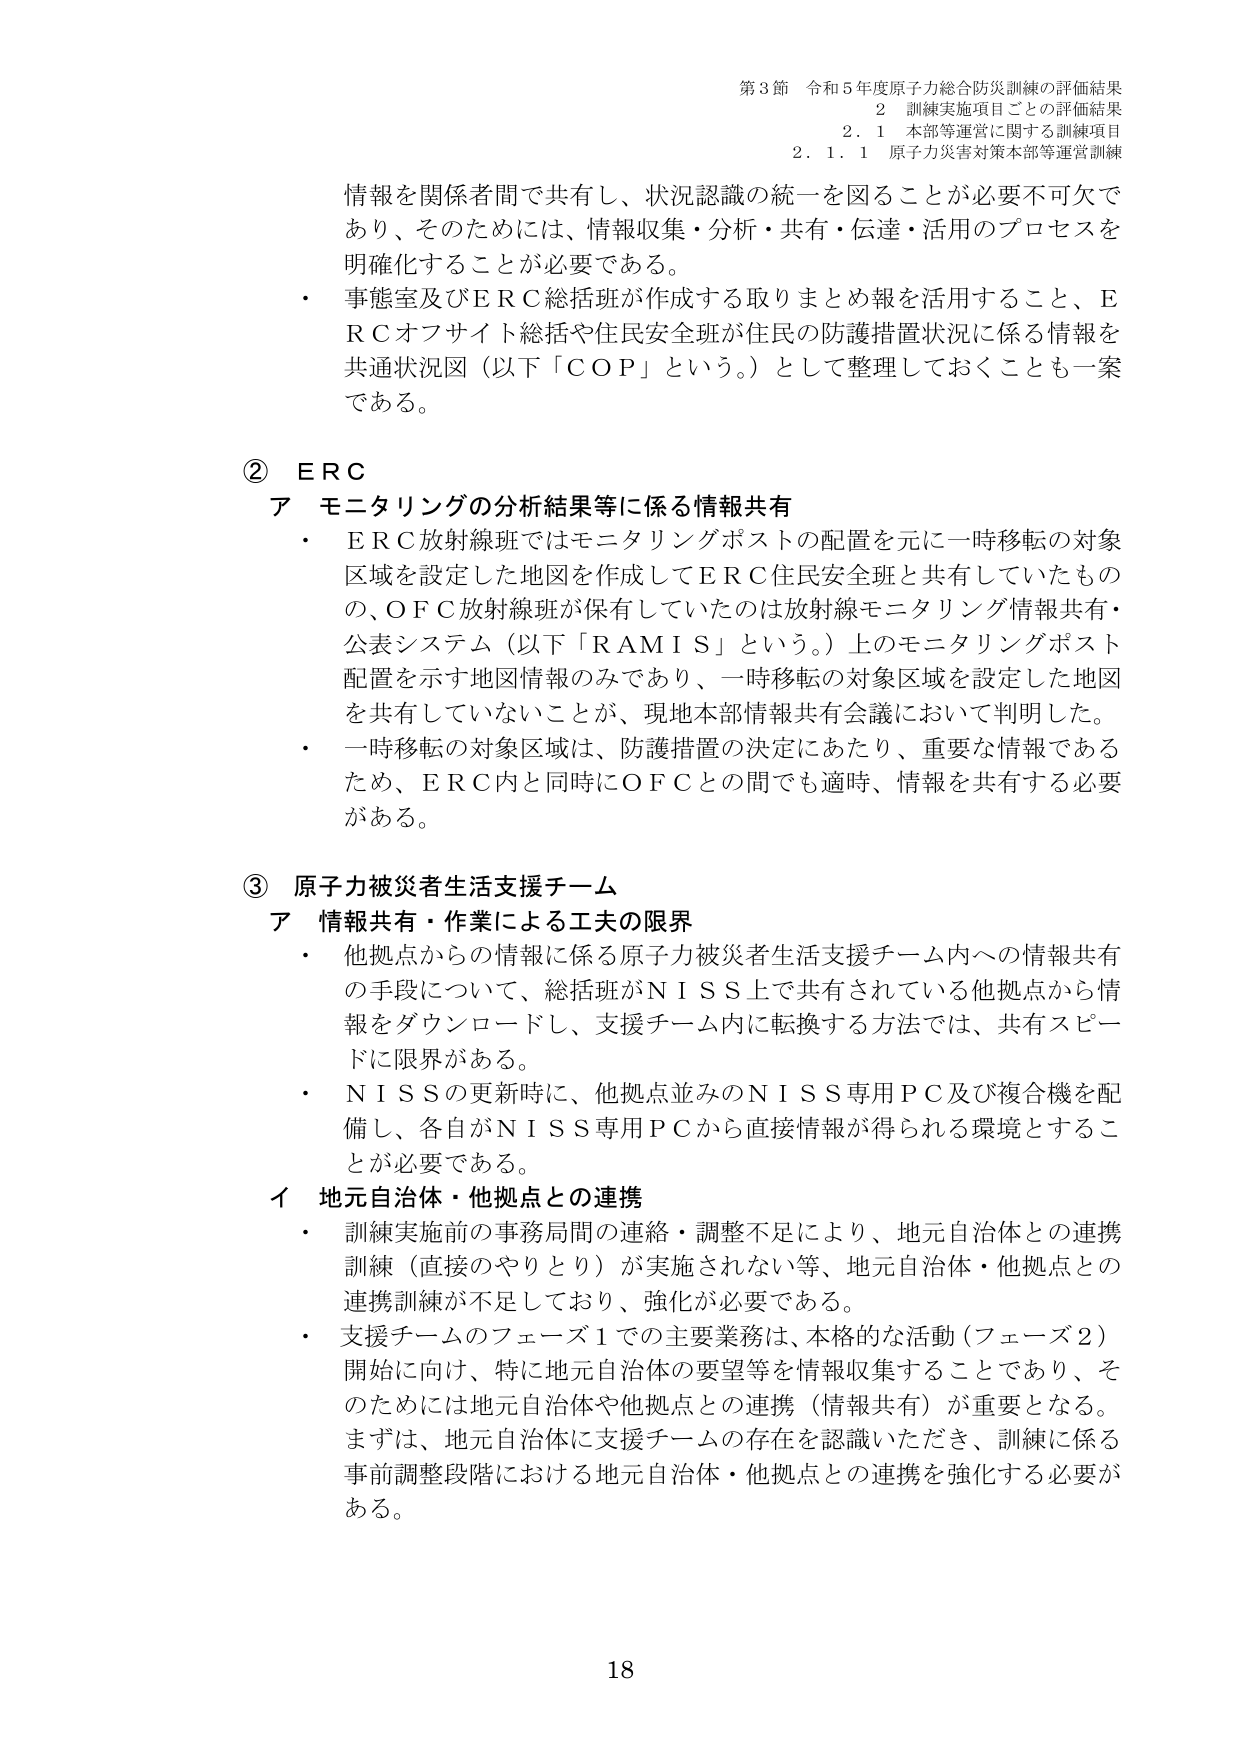
第3節 令和5年度原子力総合防災訓練の評価結果
2 訓練実施項目ごとの評価結果
2.1 本部等運営に関する訓練項目
2.1.1 原子力災害対策本部等運営訓練

情報を関係者間で共有し、状況認識の統一を図ることが必要不可欠であり、そのためには、情報収集・分析・共有・伝達・活用のプロセスを明確化することが必要である。
・ 事態室及びERC総括班が作成する取りまとめ報を活用すること、ERCオフサイト総括や住民安全班が住民の防護措置状況に係る情報を共通状況図（以下「COP」という。）として整理しておくことも一案である。

② ERC
ア モニタリングの分析結果等に係る情報共有
・ ERC放射線班ではモニタリングポストの配置を元に一時移転の対象区域を設定した地図を作成してERC住民安全班と共有していたものの、OFC放射線班が保有していたのは放射線モニタリング情報共有・公表システム（以下「RAMIS」という。）上のモニタリングポスト配置を示す地図情報のみであり、一時移転の対象区域を設定した地図を共有していないことが、現地本部情報共有会議において判明した。
・ 一時移転の対象区域は、防護措置の決定にあたり、重要な情報であるため、ERC内と同時にOFCとの間でも適時、情報を共有する必要がある。

③ 原子力被災者生活支援チーム
ア 情報共有・作業による工夫の限界
・ 他拠点からの情報に係る原子力被災者生活支援チーム内への情報共有の手段について、総括班がNISS上で共有されている他拠点から情報をダウンロードし、支援チーム内に転換する方法では、共有スピードに限界がある。
・ NISSの更新時に、他拠点並みのNISS専用PC及び複合機を配備し、各自がNISS専用PCから直接情報が得られる環境とすることが必要である。

イ 地元自治体・他拠点との連携
・ 訓練実施前の事務局間の連絡・調整不足により、地元自治体との連携訓練（直接のやりとり）が実施されない等、地元自治体・他拠点との連携訓練が不足しており、強化が必要である。
・ 支援チームのフェーズ1での主要業務は、本格的な活動（フェーズ2）開始に向け、特に地元自治体の要望等を情報収集することであり、そのためには地元自治体や他拠点との連携（情報共有）が重要となる。まずは、地元自治体に支援チームの存在を認識いただき、訓練に係る事前調整段階における地元自治体・他拠点との連携を強化する必要がある。

18